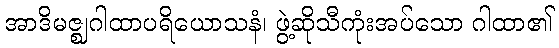
အာဒိမဇ္ဈဂါထာပရိယောသနံ၊ ဖွဲ့ဆိုသီကုံးအပ်သော ဂါထာ၏